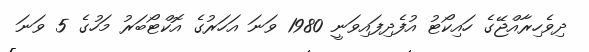
ދިވެހިރާއްޖޭގެ ހައިކޯޓު އުފެދިފައިވަނީ 1980 ވަނަ އަހަރުގެ އޮކްޓޯބަރު މަހުގެ 5 ވަނަ